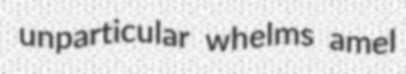
unparticular whelms amel